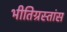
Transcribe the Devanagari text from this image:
भीतिग्रस्तांस